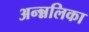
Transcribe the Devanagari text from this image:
अन्न्नलिका